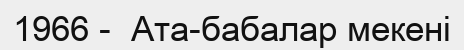
1966 -  Ата-бабалар мекені